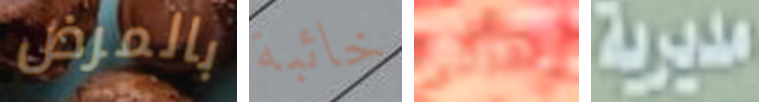
بالمرض خائبة تحركى مديرية